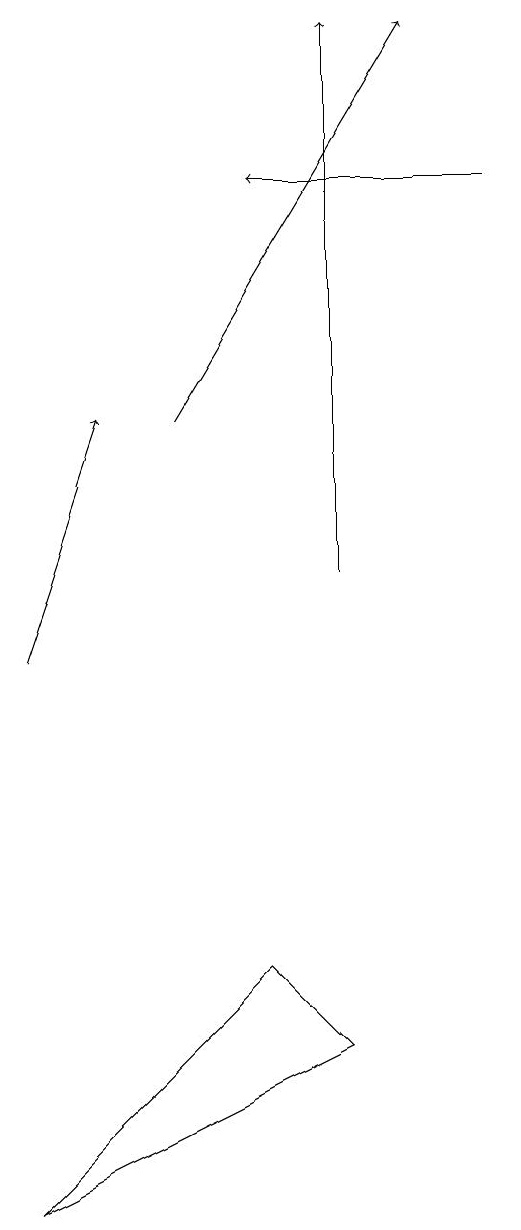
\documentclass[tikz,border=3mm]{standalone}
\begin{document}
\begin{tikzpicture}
\draw[->] (6,16) -- (3,16);
\draw[->] (0,10) -- (1,13);
\draw (3,6) -- (4,5) -- (0,3) -- cycle;
\draw[->] (2,13) -- (5,18);
\draw[->] (4,11) -- (4,18);
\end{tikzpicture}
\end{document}